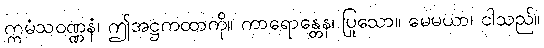
ဣမံသဝဏ္ဏနံ၊ ဤအဋ္ဌကထာကို။ ကာရောန္တေန၊ ပြုသော။ မေမယာ၊ ငါသည်။